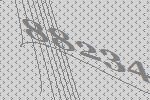
88234